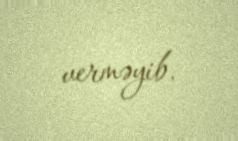
verməyib.